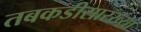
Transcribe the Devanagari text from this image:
तबकडीसारख्या